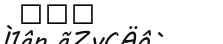
٢١٠